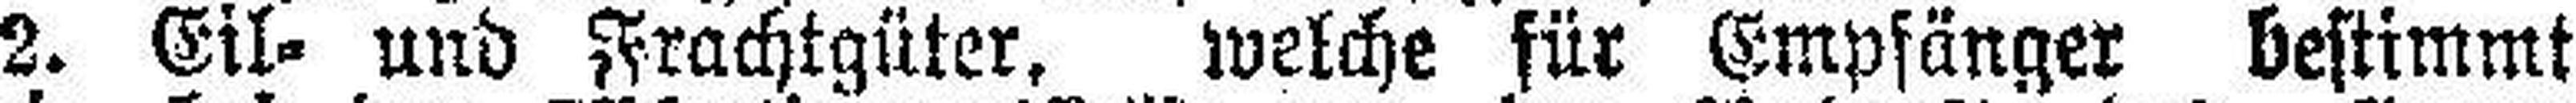
2. Eil- und Frachtgüter, welche für Empfänger bestimmt